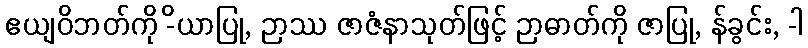
ဧယျဝိဘတ်ကို -ိယာပြု, ဉာဿ ဇာဇံနာသုတ်ဖြင့် ဉာဓာတ်ကို ဇာပြု, န်ခွင်း, -ါ